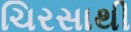
ચિરસાથી